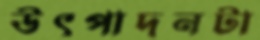
উৎপাদনটা